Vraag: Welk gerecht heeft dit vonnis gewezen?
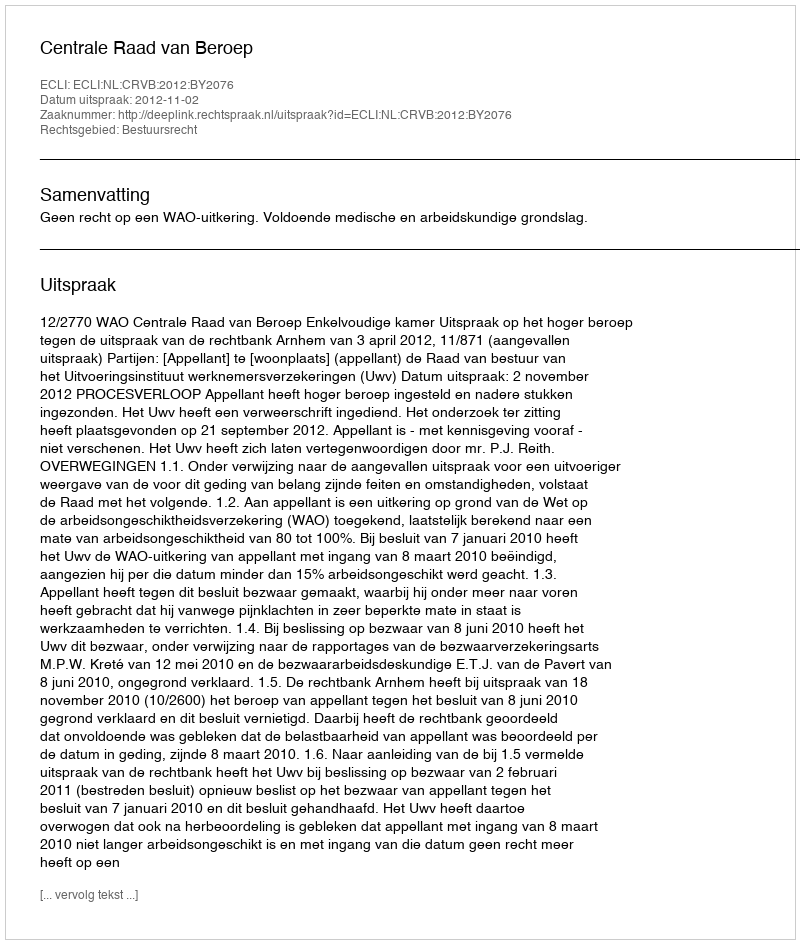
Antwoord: Centrale Raad van Beroep